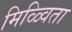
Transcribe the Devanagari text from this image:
मिळ्विता